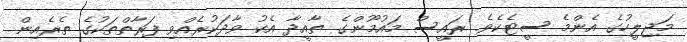
މަޖިލީހުގެ އެންމެ ސީޓެކެވެ. ރައީސް މައުމޫންގެ ތާއީދާ އެކު ވާދަކުރެއްވި ފަރާތްތަކުގެ ތެރެއިން